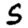
Digit: 5